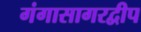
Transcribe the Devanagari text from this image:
गंगासागरद्वीप